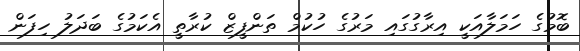
ބޮމުގެ ހަމަލާއަކީ އިރާގުގައި މަރުގެ ހުކުމް ތަންފީޒް ކުރާތީ އެކަމުގެ ބަދަލު ހިފަން